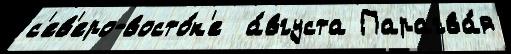
с'ев'еро-восто́к'е  а́вгуста Парагва́я